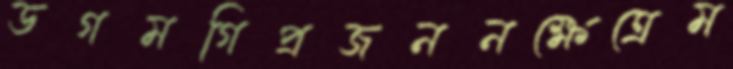
ডগমগিপ্রজননক্ষেত্রেম